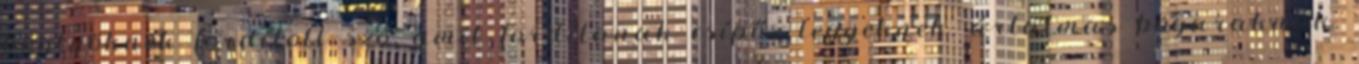
böglyöknek fordított szó, amit fordítanak csípős legyeknek, ártalmas bogaraknak,